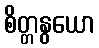
စိတ္တနွယော